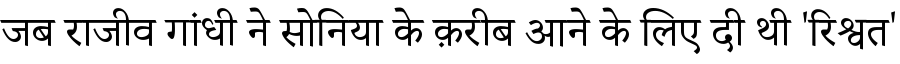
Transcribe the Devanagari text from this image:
जब राजीव गांधी ने सोनिया के क़रीब आने के लिए दी थी 'रिश्वत'